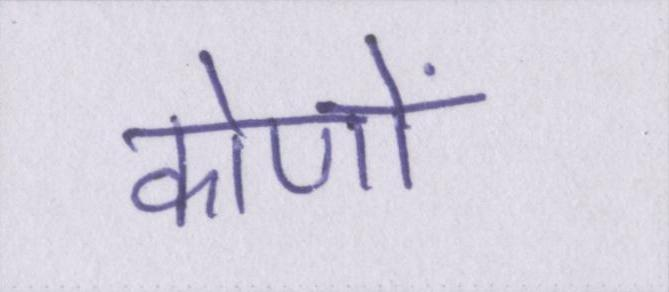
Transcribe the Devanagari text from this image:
कोणों